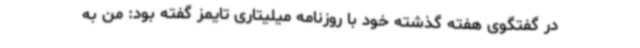
در گفتگوی هفته گذشته خود با روزنامه میلیتاری تایمز گفته بود: من به